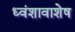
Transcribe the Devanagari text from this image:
ध्वंशावाशेष